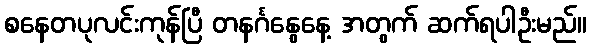
စနေတပုလင်းကုန်ပြီ တနင်္ဂနွေနေ့ အတွက် ဆက်ရပါဦးမည်။